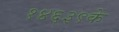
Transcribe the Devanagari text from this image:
१४६३९के